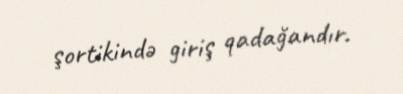
şortikində giriş qadağandır.